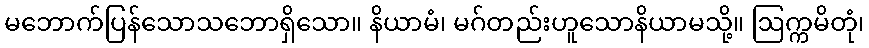
မဘောက်ပြန်သောသဘောရှိသော။ နိယာမံ၊ မဂ်တည်းဟူသောနိယာမသို့။ ဩက္ကမိတုံ၊